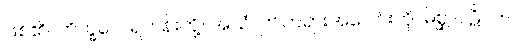
ဖြစ်၏။ ဘိက္ခဝေ၊ ရဟန်းတို့။ အယံ၊ ဤတရားအပေါင်းကို။ မိစ္ဆာပဋိပဒါ၊